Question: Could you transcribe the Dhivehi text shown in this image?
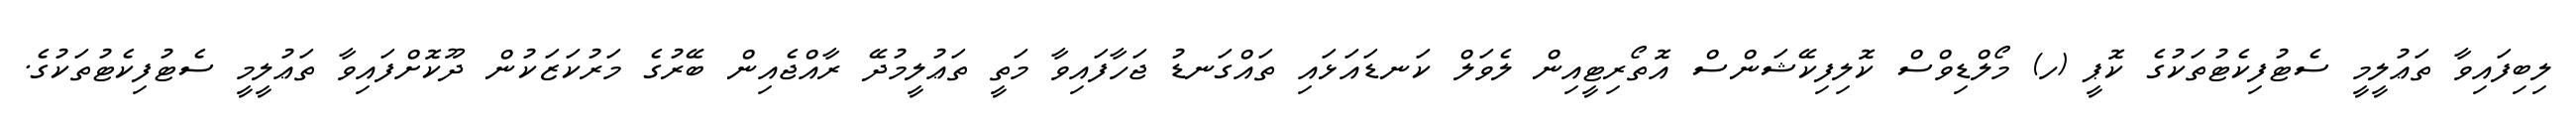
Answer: ލިބިފައިވާ ތަޢުލީމީ ސެޓުފިކެޓުތަކުގެ ކޮޕީ (ހ) މޯލްޑިވްސް ކޮލިފިކޭޝަންސް އޮތޯރިޓީއިން ލެވަލް ކަނޑައަޅައި ތައްގަނޑު ޖަހާފައިވާ މަތީ ތަޢުލީމުދޭ ރާއްޖެއިން ބޭރުގެ މަރުކަޒަކުން ދޫކޮށްފައިވާ ތަޢުލީމީ ސެޓުފިކެޓުތަކުގެ.